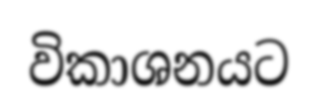
විකාශනයට